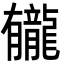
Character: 龓